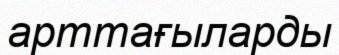
арттағыларды